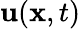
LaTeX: \mathbf{u}(\mathbf{x},t)